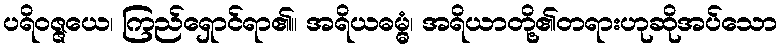
ပရိဝဇ္ဇယေ၊ ကြည်ရှောင်ရာ၏။ အရိယဓမ္မွံ၊ အရိယာတို့၏တရားဟုဆိုအပ်သော